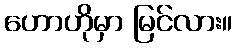
ဟောဟိုမှာ မြင်လား။